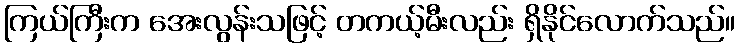
ကြယ်ကြီးက အေးလွန်းသဖြင့် တကယ့်မီးလည်း ရှိနိုင်လောက်သည်။